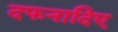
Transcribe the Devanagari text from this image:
दफनादिए